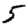
Digit: 5